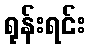
ရုန်းရင်း